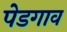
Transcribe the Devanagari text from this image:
पेडगाव